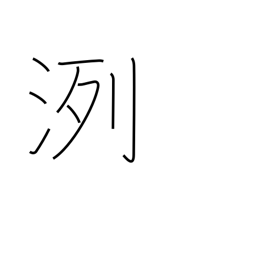
Meaning: pure